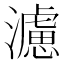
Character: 濾